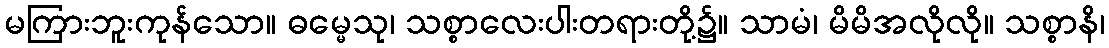
မကြားဘူးကုန်သော။ ဓမ္မေသု၊ သစ္စာလေးပါးတရားတို့၌။ သာမံ၊ မိမိအလိုလို။ သစ္စာနိ၊